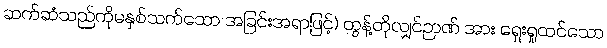
ဆက်ဆံသည်ကိုမနှစ်သက်သော အခြင်းအရာဖြင့်) တွန့်တိုလျှင်ဉာဏ် အား ရှေးရှုထင်သော